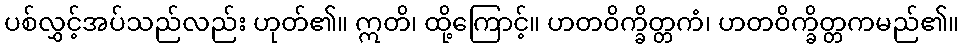
ပစ်လွှင့်အပ်သည်လည်း ဟုတ်၏။ ဣတိ၊ ထို့ကြောင့်။ ဟတဝိက္ခိတ္တကံ၊ ဟတဝိက္ခိတ္တကမည်၏။